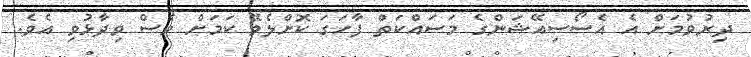
ދިރުވުމަށް އެ އެސޯސިއޭޝަންގެ މަސައްކަތް ފާހަގަ ކޮށްލެވޭ ކަމަށް ވެސް ވިދާޅުވި އެވެ.